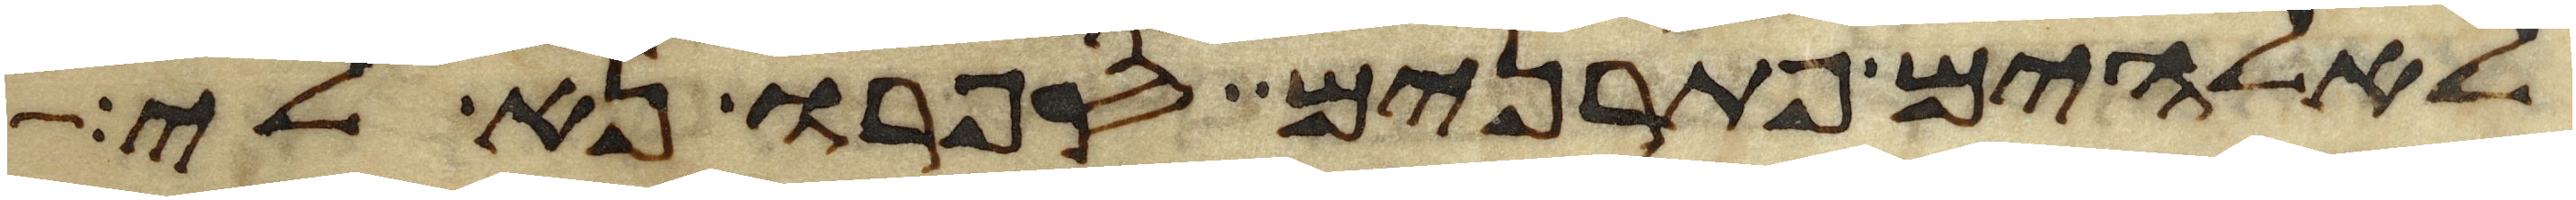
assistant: לאלהים פתרנים ספרו נא לי